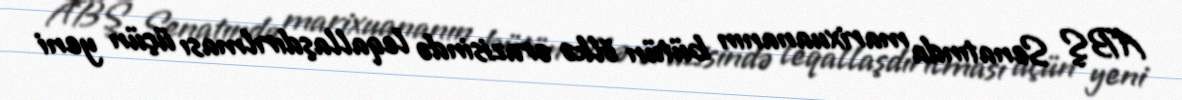
ABŞ Senatında marixuananın bütün ölkə ərazisində leqallaşdırılması üçün yeni